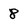
Character: 8